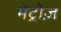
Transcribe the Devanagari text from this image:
मेट्रोज़